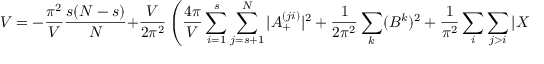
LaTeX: { \cal { V } } = - \frac { \pi ^ { 2 } } { V } \frac { s ( N - s ) } { N } + \frac { V } { 2 \pi ^ { 2 } } \left( \frac { 4 \pi } { V } \sum _ { i = 1 } ^ { s } \sum _ { j = s + 1 } ^ { N } | A _ { + } ^ { ( j i ) } | ^ { 2 } + \frac { 1 } { 2 \pi ^ { 2 } } \sum _ { k } ( B ^ { k } ) ^ { 2 } + \frac { 1 } { \pi ^ { 2 } } \sum _ { i } \sum _ { j > i } | X ^ { ( i j ) } | ^ { 2 } \right) .